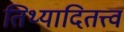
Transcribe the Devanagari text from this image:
तिथ्यादितत्त्वं